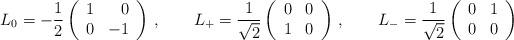
LaTeX: \begin{align*} L_0 = -\frac{1}{2}\left( \begin{array}{rr} 1 & 0 \\ 0 & -1 \end{array} \right)\,, \qquad L_+ = \frac{1}{\sqrt{2}}\left( \begin{array}{rr} 0 & 0 \\ 1 & 0 \end{array} \right)\,, \qquad L_- = \frac{1}{\sqrt{2}}\left( \begin{array}{rr} 0 & 1 \\ 0 & 0 \end{array} \right)\end{align*}